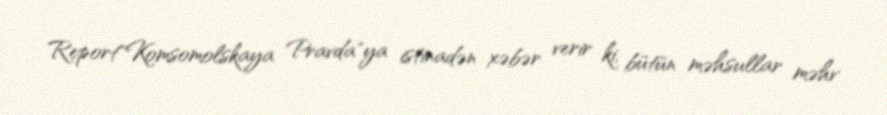
Report"Komsomolskaya Pravda"ya istinadən xəbər verir ki, bütün məhsullar məhv